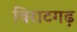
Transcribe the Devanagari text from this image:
विराटगढ़